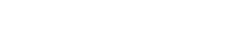
ဒသမတ္တေသု၊ ဆယ်လုံး